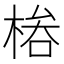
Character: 𣔊